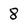
Character: 8